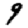
Digit: 9